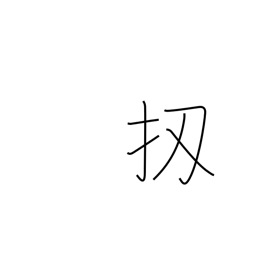
Meaning: well